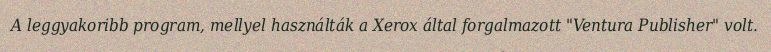
A leggyakoribb program, mellyel használták a Xerox által forgalmazott "Ventura Publisher" volt.